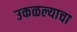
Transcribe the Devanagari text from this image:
उकळल्याचा